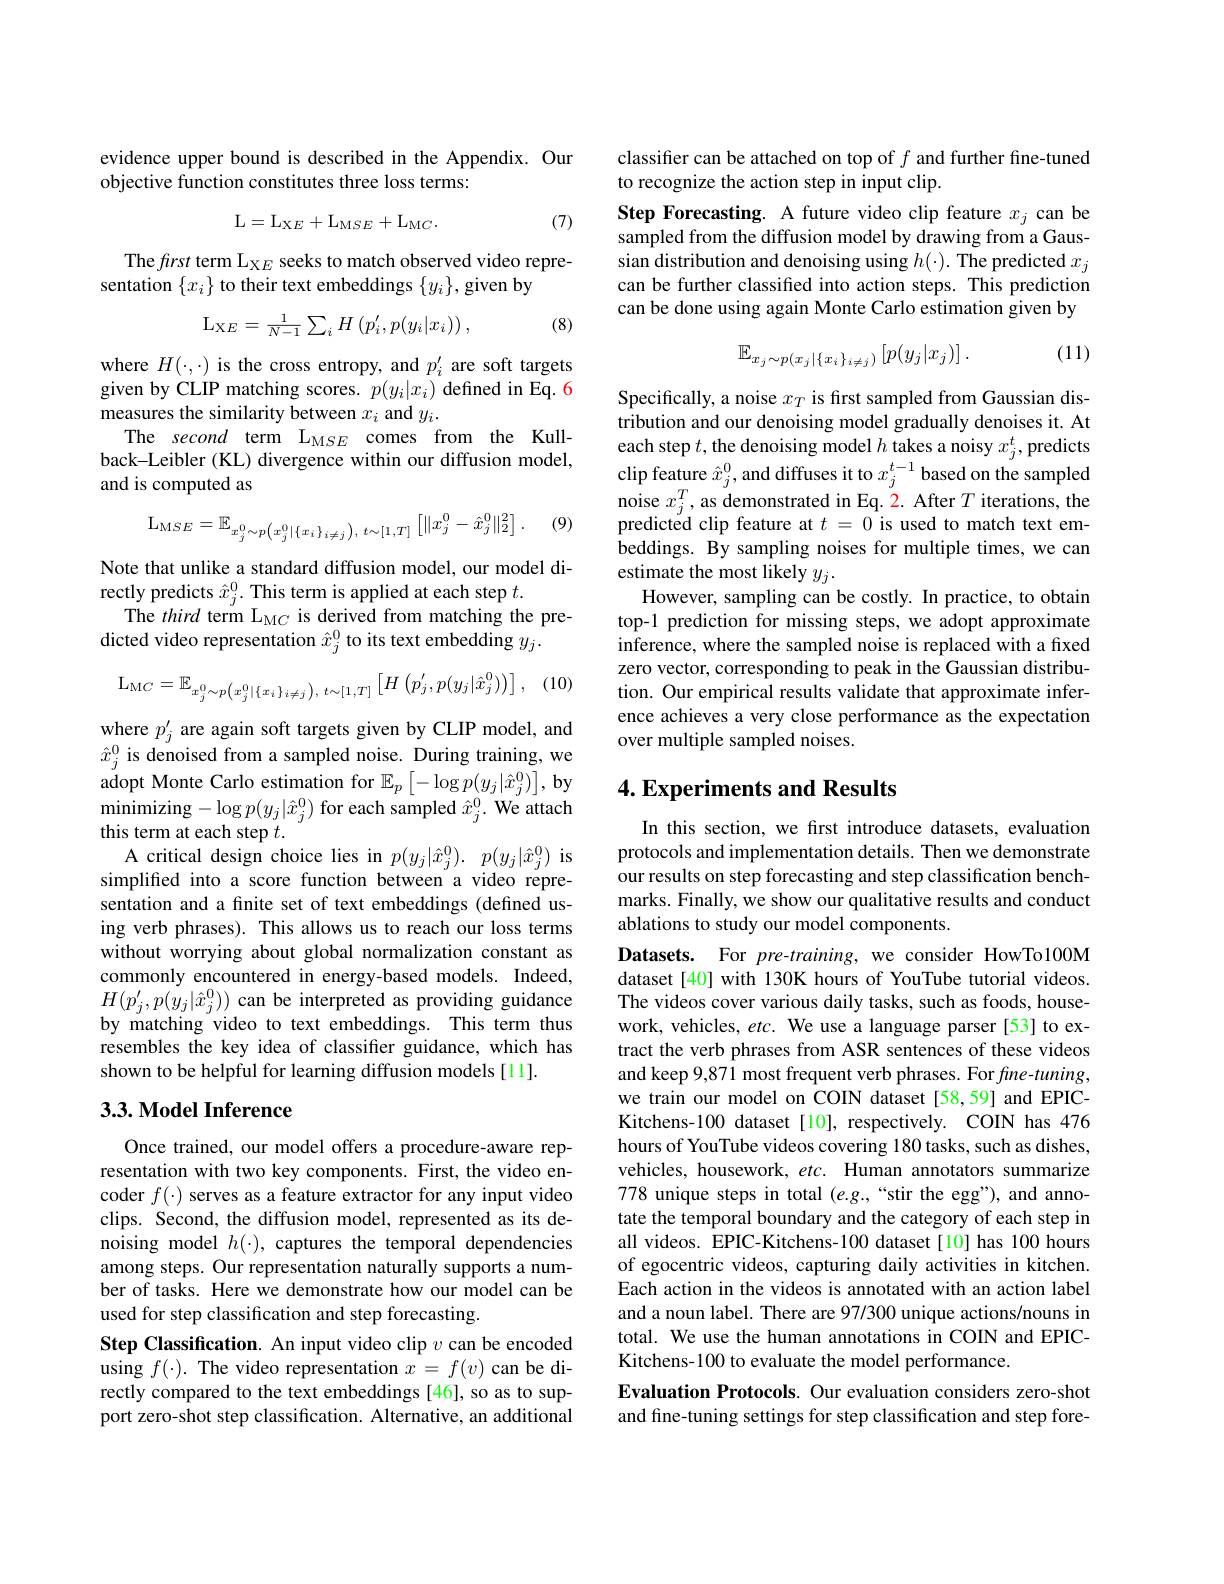
evidence upper bound is described in the Appendix. Our
objective function constitutes three loss terms:

(7)
$$\mathrm L=\mathrm L_{\mathrm XE}+\mathrm L_{\mathrm MSE}+\mathrm L_{\mathrm MC}.$$
The frst term L$_{\mathrm{X}E}$ seeks to match observed video repre-
sentation $\{x_i\}$ to their text embeddings $\{y_i\}$, given by
$$\mathrm{L}_{\mathrm{X}E}=\frac{1}{N-1}\sum_{i}H\left(p_{i}^{\prime},p(y_{i}|x_{i})\right),$$
(8)

where $H(\cdot,\cdot)$ is the cross entropy, and $p_i^{\prime}$ are soft targets given by CLIP matching scores. $p(y_i|x_i)$ defined in Eq. 6 measures the similarity between $x_i$ and $y_i.$
The second term $\mathrm{L}_{\mathrm{MSE}}$ comes from the Kullback-Leibler (KL) divergence within our diffusion model, and is computed as

(9)
$$\mathrm L_{\mathrm MSE}=\mathbb E_{x_{j}^{0}\sim p\left(x_{j}^{0}|\{x_{i}\}_{i\neq j}\right),\:t\sim[1,T]}\left[\|x_{j}^{0}-\hat x_{j}^{0}\|_{2}^{2}\right].$$
Note that unlike a standard diffusion model, our model di-
rectly predicts $\hat{x}_j^0.$ This term is applied at each step $t.$
The third term L$_{\mathrm{M}C}$ is derived from matching the pre-
dicted video representation $\hat{x}_j^0$ to its text embedding $y_j.$

(10)
$$\mathrm L_{\mathrm MC}=\mathbb E_{x_j^0\sim p\left(x_j^0|\{x_i\}_{i\neq j}\right),\:t\sim[1,T]}\left[H\left(p_j^{\prime},p(y_j|\hat x_j^0)\right)\right],$$
$\begin{array}{l}\mathrm{where~}p_{j}^{\prime}\text{ are again soft targets given by CLIP model, and}\\\hat{x}_{j}^{0}\text{ is denoised from a sampled noise. During training, we}\end{array}$ adopt Monte Carlo estimation for $\mathbb{E}_p\left[-\log p(y_j|\hat{x}_j^0)\right]$,by minimizing- $\log$p( $y_{j}$| $\hat{x} _{j}^{0}$) for each sampled $\hat{x} _{j}^{0}$. We attach this term at each step $t.$
A critical design choice lies in $p( y_j| \hat{x} _j^0) .$ $p( y_j| \hat{x} _j^0)$ is simplifed into a score function between a video representation and a finite set of text embeddings (defined using verb phrases). This allows us to reach our loss terms without worrying about global normalization constant as commonly encountered in energy-based models. Indeed, $H(p_{j}^{\prime},p(y_{j}|\hat{x}_{j}^{0}))$can be interpreted as providing guidance by matching video to text embeddings. This term thus resembles the key idea of classifier guidance, which has shown to be helpful for learning diffusion models [11].

## 3.3. Model Inference

Once trained, our model offers a procedure-aware representation with two key components. First, the video encoder $f(\cdot)$ serves as a feature extractor for any input video clips. Second, the diffusion model, represented as its denoising model $h(\cdot)$, captures the temporal dependencies among steps. Our representation naturally supports a number of tasks. Here we demonstrate how our model can be used for step classification and step forecasting.
Step Classification. An input video clip $v$ can be encoded using $f(\cdot).$ The video representation $x=f(v)$ can be directly compared to the text embeddings [46], so as to support zero-shot step classification. Alternative, an additional

classifier can be attached on top of $f$ and further fine-tuned
to recognize the action step in input clip.
Step Forecasting. A future video clip feature $x_j$ can be sampled from the diffusion model by drawing from a Gaussian distribution and denoising using $h(\cdot).$ The predicted $x_j$ can be further classified into action steps. This prediction can be done using again Monte Carlo estimation given by

(11)
$$\mathbb{E}_{x_j\sim p(x_j|\{x_i\}_{i\neq j})}\left[p(y_j|x_j)\right].$$
Specifically, a noise $x_T$ is first sampled from Gaussian distribution and our denoising model gradually denoises it. At each step $t$, the denoising model $h$ takes a noisy $x_j^t$, predicts clip feature $\hat{x}_j^0$, and diffuses it to $x_j^t-1$ based on the sampled noise $x_j^T$, as demonstrated in Eq. 2. After $T$ iterations, the predicted clip feature at $t=0$ is used to match text embeddings. By sampling noises for multiple times, we can estimate the most likely $y_j.$
However, sampling can be costly. In practice, to obtain top-1 prediction for missing steps, we adopt approximate inference, where the sampled noise is replaced with a fixed zero vector, corresponding to peak in the Gaussian distribution. Our empirical results validate that approximate inference achieves a very close performance as the expectation over multiple sampled noises.

## 4. Experiments and Results

In this section, we frst introduce datasets, evaluation protocols and implementation details. Then we demonstrate our results on step forecasting and step classification benchmarks. Finally, we show our qualitative results and conduct ablations to study our model components.
Datasets. For pre-training, we consider HowTo100M dataset [40] with 130K hours of YouTube tutorial videos. The videos cover various daily tasks, such as foods, housework, vehicles, etc. We use a language parser[53] to extract the verb phrases from ASR sentences of these videos and keep 9,871 most frequent verb phrases. For fine-tuning, we train our model on COIN dataset[58,59] and EPICKitchens-100 dataset [10], respectively. COIN has 476 hours of YouTube videos covering 180 tasks, such as dishes, vehicles, housework, $etc.$ Human annotators summarize 778 unique steps in total $(e.g.,``$stir the egg"), and annotate the temporal boundary and the category of each step in all videos. EPIC-Kitchens-100 dataset[10] has 100 hours of egocentric videos, capturing daily activities in kitchen. Each action in the videos is annotated with an action label and a noun label. There are 97/300 unique actions/nouns in total. We use the human annotations in COIN and EPICKitchens-100 to evaluate the model performance.
Evaluation Protocols. Our evaluation considers zero-shot and fine-tuning settings for step classification and step fore-